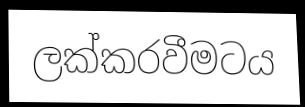
ලක්කරවීමටය